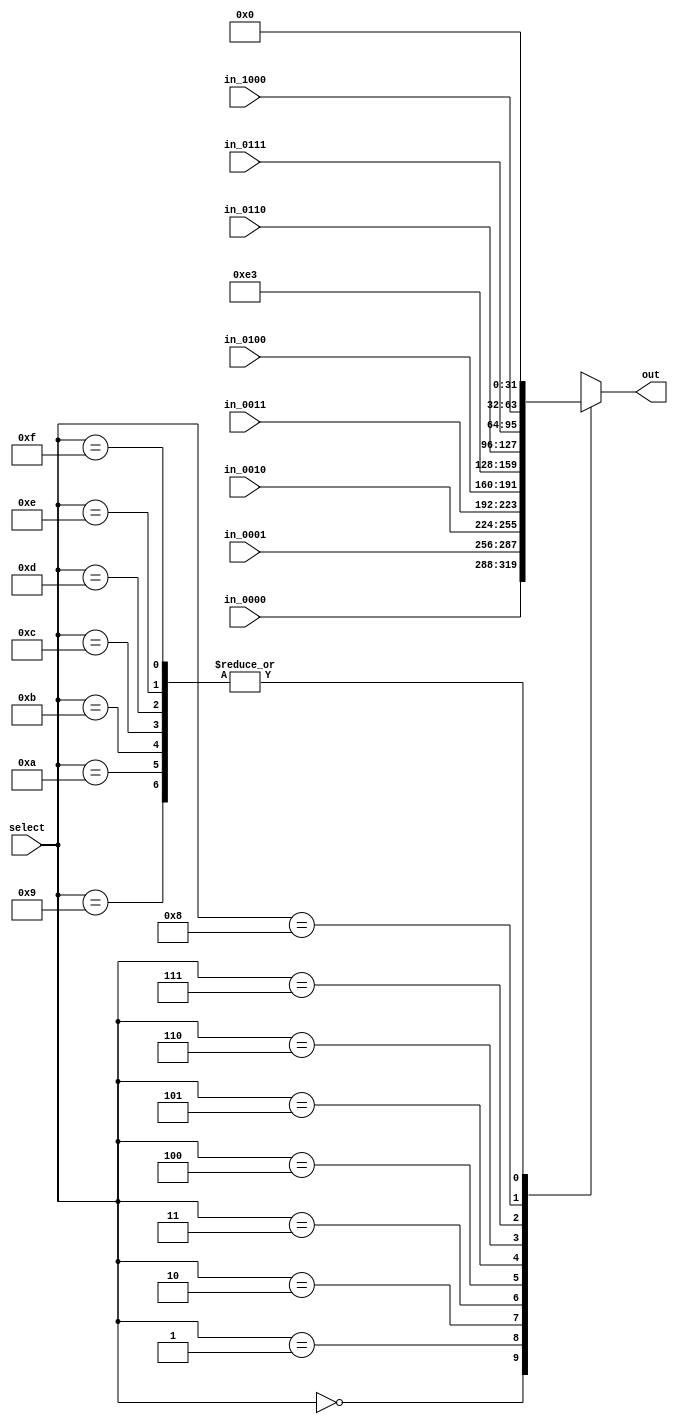
module mux_mem_to_reg( 
    input wire [31:0] in_0000, // AluOut
    input wire [31:0] in_0001, // LoadSize
    input wire [31:0] in_0010, // Hi
    input wire [31:0] in_0011, // Lo
    input wire [31:0] in_0100, // ShiftReg
    input wire [31:0] in_0110, // ShifLeft16
    input wire [31:0] in_0111, // B(rt)
    input wire [31:0] in_1000, // SignExtend
    input wire [3:0]  select, //Controlado pelo MemtoReg
    output reg [31:0] out
);

    always @(*) begin
        case(select)
            4'b0000: out = in_0000;
            4'b0001: out = in_0001;
            4'b0010: out = in_0010;
            4'b0011: out = in_0011;
            4'b0100: out = in_0100;
            4'b0101: out = 32'b11100011; // 227 em binrio
            4'b0110: out = in_0110;
            4'b0111: out = in_0111;
            4'b1000: out = in_1000;
            4'b1001: out = 32'b0;
            4'b1010: out = 32'b0;
            4'b1011: out = 32'b0;
            4'b1100: out = 32'b0;
            4'b1101: out = 32'b0;
            4'b1110: out = 32'b0;
            4'b1111: out = 32'b0;

        endcase

    end
endmodule